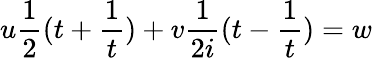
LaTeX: u{\frac{1}{2}}(t+{\frac{1}{t}})+v{\frac{1}{2i}}(t-{\frac{1}{t}})=w